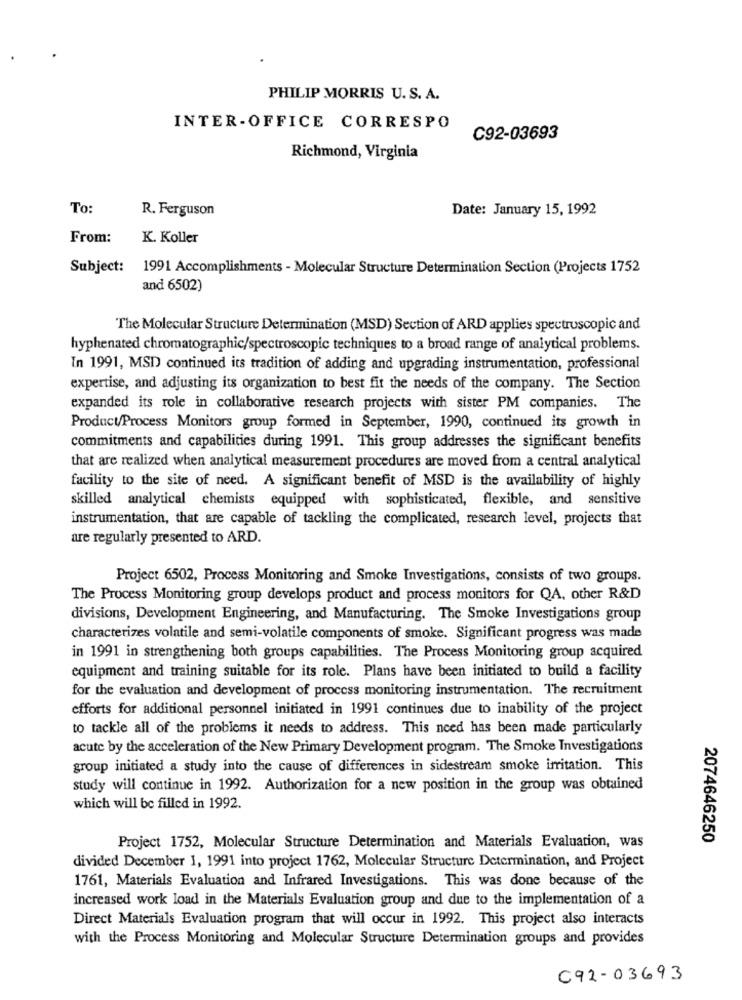
PHILIP MORRIS U. S. A.
INTER-OFFICE CORRESPO
C92-03693
Richmond, Virginia
To:
R. Ferguson
Date: January 15, 1992
From:
K. Koller
Subject: 1991 Accomplishments - Molecular Structure Determination Section (Projects 1752
and 6502)
The Molecular Structure Determination (MSD) Section of ARD applies spectroscopic and
hyphenated chromatographic/spectroscopic techniques to a broad range of analytical problems.
In 1991, MSD continued its tradition of adding and upgrading instrumentation, professional
expertise, and adjusting its organization to best fit the needs of the company. The Section
expanded its role in collaborative research projects with sister PM companies. The
Product/Process Monitors group formed in September, 1990, continued its growth in
commitments and capabilities during 1991. This group addresses the significant benefits
that are realized when analytical measurement procedures are moved from a central analytical
facility to the site of need. A significant benefit of MSD is the availability of highly
skilled analytical chemists equipped with sophisticated, flexible, and sensitive
instrumentation, that are capable of tackling the complicated, research level, projects that
are regularly presented to ARD.
Project 6502, Process Monitoring and Smoke Investigations, consists of two groups.
The Process Monitoring group develops product and process monitors for QA, other R&D
divisions, Development Engineering, and Manufacturing. The Smoke Investigations group
characterizes volatile and semi-volatile components of smoke. Significant progress was made
in 1991 in strengthening both groups capabilities. The Process Monitoring group acquired
equipment and training suitable for its role. Plans have been initiated to build a facility
for the evaluation and development of process monitoring instrumentation. The recruitment
efforts for additional personnel initiated in 1991 continues due to inability of the project
to tackle all of the problems it needs to address. This need has been made particularly
acute by the acceleration of the New Primary Development program. The Smoke Investigations
group initiated a study into the cause of differences in sidestream smoke irritation. This
study will continue in 1992. Authorization for a new position in the group was obtained
which will be filled in 1992.
2074646250
Project 1752, Molecular Structure Determination and Materials Evaluation, was
divided December 1, 1991 into project 1762, Molecular Structure Determination, and Project
1761, Materials Evaluation and Infrared Investigations. This was done because of the
increased work load in the Materials Evaluation group and due to the implementation of a
Direct Materials Evaluation program that will occur in 1992. This project also interacts
with the Process Monitoring and Molecular Structure Determination groups and provides
692-03693